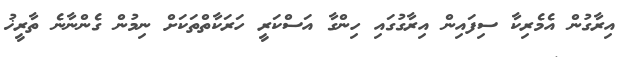
އިރާގުން އެމެރިކާ ސިފައިން އިރާގުގައި ހިންގާ އަސްކަރީ ހަރަކާތްތަކަށް ނިމުން ގެންނާނެ ތާރީޚު